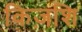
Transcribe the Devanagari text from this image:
किज़शि